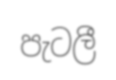
පැටලී